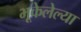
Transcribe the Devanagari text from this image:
भूकेलेल्या